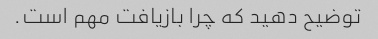
توضیح دهید که چرا بازیافت مهم است.